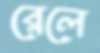
রেলে